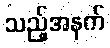
သည့်အနက်